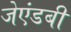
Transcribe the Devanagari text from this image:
जेएंडबी